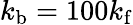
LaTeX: k_{\mathrm{b}}=100k_{\mathrm{f}}